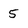
Character: 5